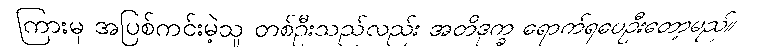
ကြားမှ အပြစ်ကင်းမဲ့သူ တစ်ဦးသည်လည်း အတိဒုက္ခ ရောက်ရပေဦးတော့မည်။